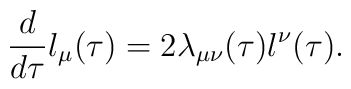
\frac{d}{d\tau}l_\mu(\tau)=2\lambda_{\mu\nu}(\tau)l^\nu(\tau).